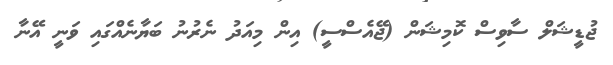
ޖުޑީޝަލް ސާވިސް ކޮމިޝަން (ޖޭއެސްސީ) އިން މިއަދު ނެރުނު ބަޔާނެއްގައި ވަނީ އޭނާ